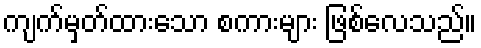
ကျက်မှတ်ထားသော စကားများ ဖြစ်လေသည်။